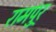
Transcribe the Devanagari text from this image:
रामपुर्